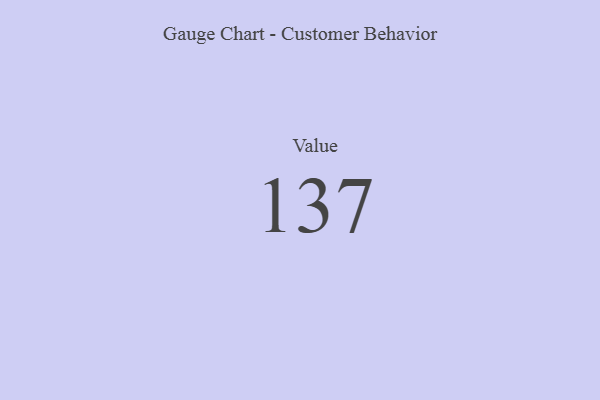
{"axis": {"x": "Metric", "y": "Value"}, "legend": [""], "data": [{"x": "Value", "y": 137, "type": ""}]}